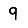
Digit: 9